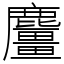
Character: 麠